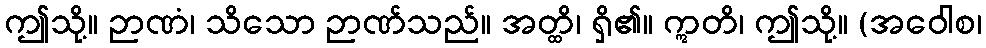
ဤသို့။ ဉာဏံ၊ သိသော ဉာဏ်သည်။ အတ္ထိ၊ ရှိ၏။ ဣတိ၊ ဤသို့။ (အဝေါစ၊